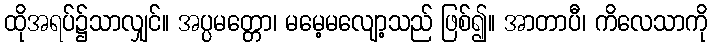
ထိုအရပ်၌သာလျှင်။ အပ္ပမတ္တော၊ မမေ့မလျော့သည် ဖြစ်၍။ အာတာပီ၊ ကိလေသာကို